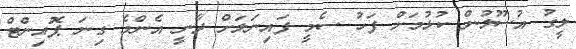
ލީގު އުސޫލުން ކުޅުމަށް ފަހު ސެމީ ފައިނަލަށް ދާނީ އެންމެ ގިނަ ޕޮއިންޓް